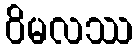
ဝိမလဿ